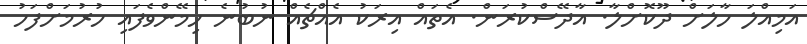
އަމިއްލަ ހާލަށް ދޫކޮށްލާ. އާދޭސްކުރަން. އެތައް އިރަކު އެއްޗެއް ނުބުނެ ހިމޭންވެފައި ހުރުމަށްފަހު